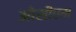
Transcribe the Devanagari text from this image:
ओसीएम